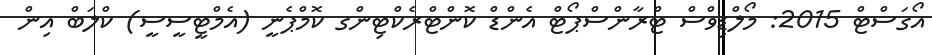
އޯގަސްޓް 2015: މޯލްޑިވްސް ޓްރާންސްޕޯޓް އެންޑް ކޮންޓްރެކްޓިންގ ކޮމްޕެނީ (އެމްޓީސީސީ) ކްލަބް އިން